Report on vaccination in Madras 1877-1894 - 1877-1894
Year: 1877
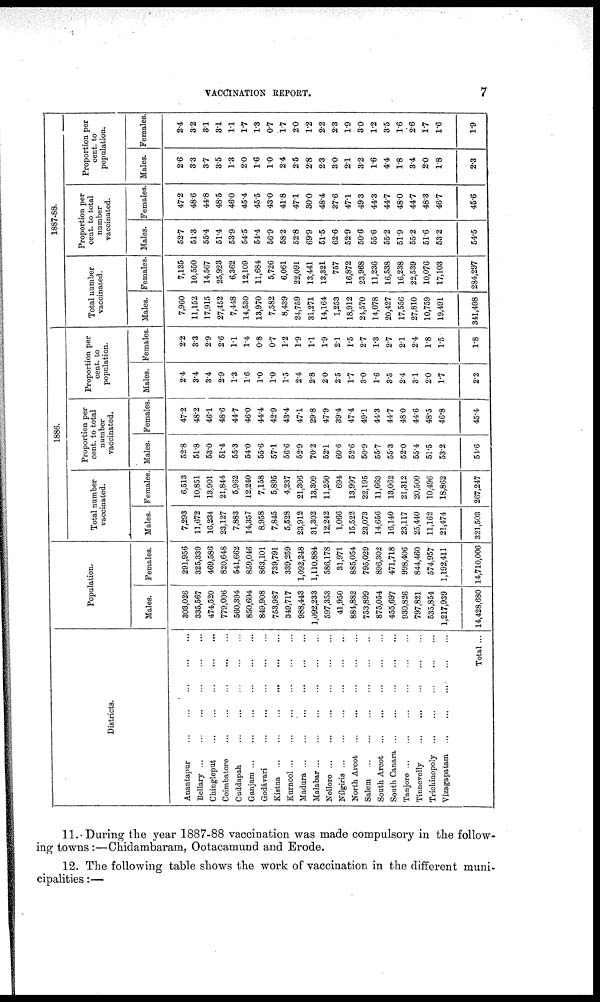
VACCINATION REPORT.
7
Districts.
Anantapur
...
...
...
...
...
Bellary
...
...
...
...
...
Chingleput
...
...
...
......
Coimbatore
...
...
...
...
...
Cuddapah ... ... ... ... ...
Ganjam
...
...
...
...
...
Godávari
...
...
...
...
Kistna
...
...
...
...
...
Kurnool
...
...
...
...
...
Madura ... ... ... ... ...
Malabar
...
...
...
...
...
Nellore
...
...
...
...
...
Nílgiris
...
...
...
...
...
North Arcot
...
...
...
...
...
Salem
...
...
...
...
...
South Arcot ... ... ... ... ...
South Canara
...
...
...
...
...
Tanjore
...
...
...
...
...
Tinnevelly
...
...
...
...
...
Trichinopoly
...
...
...
...
...
Vizagapatam
...
...
...
...
...
Total ...
Population.
Males.
303,026
335,567
474,520
779,006
560,394
850,604
849,908
753,987
349,717
988,443
1,092,233
597,353
41,950
884,882
753,899
875,054
455,697
930,826
797,821
535,854
1,217,939
14,428,680
Females.
291,956
325,339
469,586
820,648
541,662
859,046
863,101
739,791
339,259
1,092,248
1,110,884
586,178
31,971
885,054
795,029
896,302
471,718
998,406
844,460
574,957
1,192,411
14,710,006
1886.
Total number
vaccinated.
Males.
7,293
11,672
16,234
23,127
7,883
14,357
8,958
7,845
5,528
23,912
31,302
12,242
1,066
15,522
23,073
14,656
16,140
23,117
25,440
11,162
21,474
321,503
Females
6,513
10,851
13,901
21,844
5,962
12,240
7,158
5,895
4,237
21,306
13,309
11,250
694
13,997
22,195
11,663
13,062
21,312
20,500
10,496
18,862
267,247
Proportion per
cent. to total
number
vaccinated.
Males.
52.8
51.8
53.0
51.4
55.3
54.0
55.6
57.1
56.6
52.9
70.2
52.1
60.6
52.6
50.9
55.7
55.3
52.0
55.4
51.5
53.2
51.6
Females
47.2
48.2
46.1
48.6
44.7
46.0
44.4
42.9
43.4
47.1
29.8
47.9
39.4
47.4
49.1
44.3
44.7
48.0
44.6
48.5
46.8
45.4
Proportion per
cent. to
population.
Males.
2.4
3.4
3.4
2.9
1.8
1.6
1.0
1.0
1.5
2.4
2.8
2.0
2.5
1.7
3.0
1.6
3.5
2.4
3.1
2.0
1.7
2.2
Females
2.2
3.3
2.9
2.6
1.1
1.4
0.8
0.7
1.2
1.9
1.1
1.9
2.1
1.5
2.7
1.3
2.7
2.1
2.4
1.8
1.5
1.8
1887-88.
Total number
vaccinated.
Males.
7,960
11,152
17,915
27,452
7,448
14,530
13,970
7,582
8,439
24,759
31,271
14,164
1,253
18,912
24,570
14,078
20,427
17,556
27,810
10,759
19,491
341,498
Females
7,135
10,550
14,567
25,923
6,362
12,109
11,684
5,726
6,061
22,091
13,441
13,321
757
16,872
23,968
11,236
16,538
16,238
22,539
10,076
17,103
284,297
Proportion per
cent. to total
number
vaccinated.
Males.
52.7
51.3
55.4
51.4
53.9
54.5
54.4
56.9
58.2
52.8
69.9
51.5
62.6
52.9
50.6
55.6
55.2
51.9
55.2
51.6
53.2
54.5
Females.
47.2
48.6
44.8
48.5
46.0
45.4
45.5
43.0
41.8
47.1
30.0
48.4
37.6
47.1
49.3
44.3
44.7
48.0
44.7
48.3
46.7
45.6
Proportion per
cent. to
population.
Males.
2.6
3.3
3.7
3.5
1.3
2.0
1.6
1.0
2.4
2.5
2.8
2.3
3.0
2.1
3.2
1.6
4.4
1.8
3.4
2.0
1.8
2.3
Females.
2.4
3.2
3.1
3.1
1.1
1.7
1.3
0.7
1.7
2.0
1.2
2.2
2.3
1.9
3.0
1.2
3.5
1.6
2.6
1.7
1.6
1.9
11.During the year 1887-88 vaccination was made compulsory in the follow-
ing towns:—Chidambaram, Ootacamund and Erode.
12. The following table shows the work of vaccination in the different muni-
cipalities :—